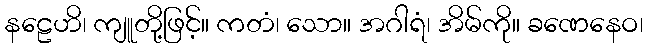
နဠေဟိ၊ ကျူတို့ဖြင့်။ ကတံ၊ သော။ အဂါရံ၊ အိမ်ကို။ ခဏေနေဝ၊